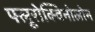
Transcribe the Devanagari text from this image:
फ्लूरोक्विनोलोन